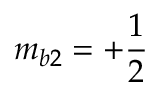
m _ { b 2 } = + \frac { 1 } { 2 }